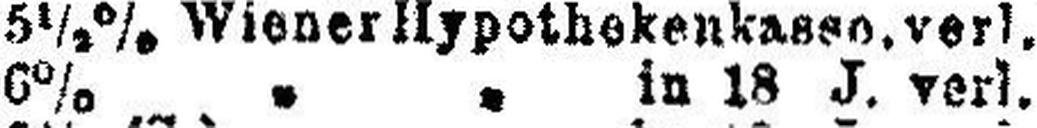
6% „ „ in 18 J. verl.